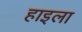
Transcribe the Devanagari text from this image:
हाइला